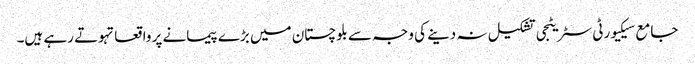
جامع سیکیورٹی سٹریٹجی تشکیل نہ دینے کی وجہ سے بلوچستان میں بڑے پیمانے پر واقعاتہوتے رہے ہیں۔